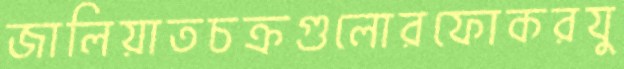
জালিয়াতচক্রগুলোরফোকরযু